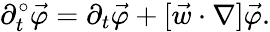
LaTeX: \partial_{t}^{\circ}\vec{\varphi}=\partial_{t}\vec{\varphi}+[\vec{w}\cdot\nabla]\vec{\varphi}.